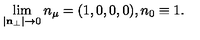
\lim _ { | { \bf n } _ { \perp } | \to 0 } n _ { \mu } = ( 1 , 0 , 0 , 0 ) , n _ { 0 } \equiv 1 .